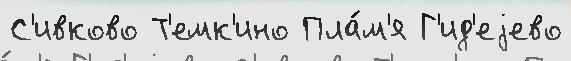
С'ивково Т'емк'ино Пла́м'я Г'ид'еjево